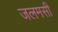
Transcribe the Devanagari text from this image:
जलमसी